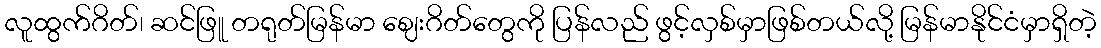
လူထွက်ဂိတ်၊ ဆင်ဖြူ တရုတ်မြန်မာ ဈေးဂိတ်တွေကို ပြန်လည် ဖွင့်လှစ်မှာဖြစ်တယ်လို့ မြန်မာနိုင်ငံမှာရှိတဲ့